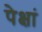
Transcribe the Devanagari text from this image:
पेक्षां